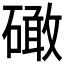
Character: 𥕵